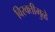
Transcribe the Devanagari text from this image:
विरक्तीमुळे